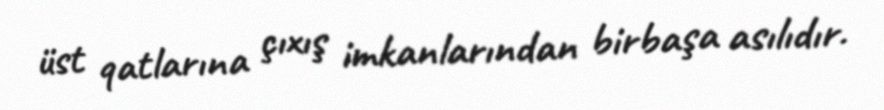
üst qatlarına çıxış imkanlarından birbaşa asılıdır.